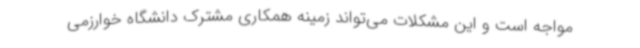
مواجه است و این مشکلات می‌تواند زمینه همکاری مشترک دانشگاه خوارزمی